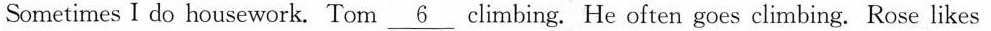
Sometimes I do housework. Tom ___ climbing. He often goes climbing.Rose likes